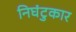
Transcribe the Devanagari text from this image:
निघंटुकार